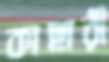
কাছারী